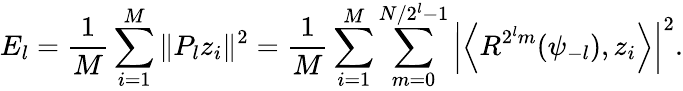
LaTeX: E_{l}=\frac{1}{M}\sum_{i=1}^{M}\| P_{l}z_{i}\| ^{2}=\frac{1}{M}\sum_{i=1}^{M}\sum_{m=0}^{N/2^{l}-1}\left\vert\left\langle R^{2^{l}m}(\psi_{-l}),z_{i}\right\rangle\right\vert^{2}.